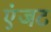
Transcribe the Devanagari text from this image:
एंजट